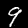
Digit: 9